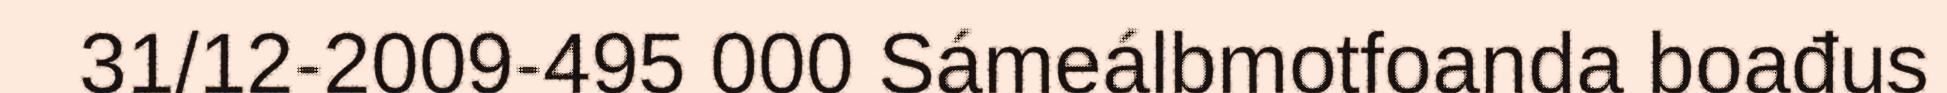
31/12-2009-495 000 Sámeálbmotfoanda boađus